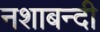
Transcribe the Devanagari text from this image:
नशाबन्दी